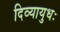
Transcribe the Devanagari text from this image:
दिव्यायुधः